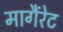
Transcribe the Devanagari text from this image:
मागैंरेट